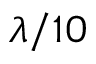
\lambda / 1 0